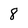
Character: 8